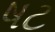
ષટ